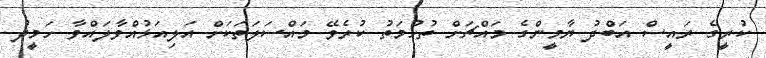
ކުރީގެ ރައީސް އަބްދު ޔާމީންގެ މައްޗަށް ތުހުމަތު ކުރެވޭ މައްސަލަތަކަށް އަލިއަޅުއްވާލައްވާ ހަމީދު